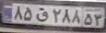
۸۵ق۲۸۸۵۳